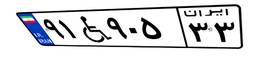
۶۵W۰۶۳۸۵